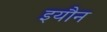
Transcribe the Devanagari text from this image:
इयौन